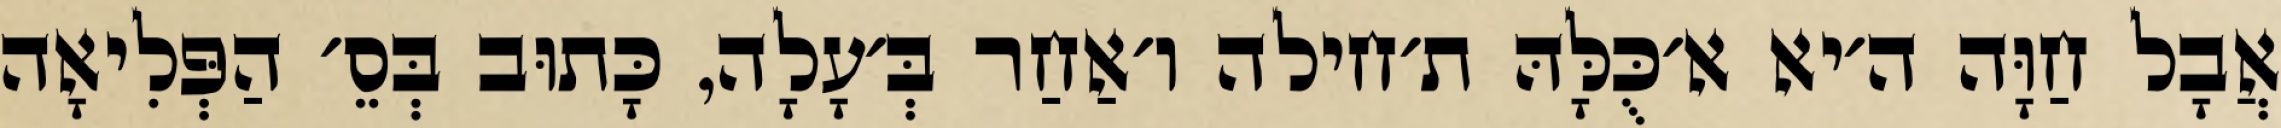
אֲבָל חַוָּה ה׳יא א׳כֻּלָּהּ ת׳חילה ו׳אַחַר בְּ׳עָלָה, כָּתוּב בְּסֵ׳ הַפְּלִיאָה